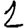
Digit: 2